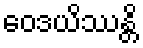
ဝေဒယိဿန္တိ